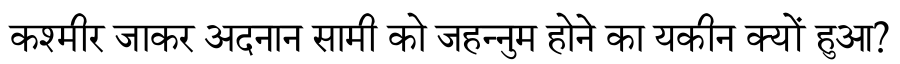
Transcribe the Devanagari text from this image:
कश्मीर जाकर अदनान सामी को जहन्नुम होने का यकीन क्यों हुआ?